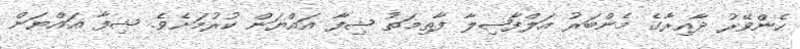
ހެންވޭރު ދާއިރާގެ މެންބަރު އަލްފާޟިލާ ފާތިމަތު ޝިފާ އައްޔަން ކުރުމަށެވެ. ޝިފާ އައްޔަން